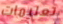
تعليمات